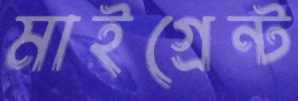
মাইগ্রেন্ট